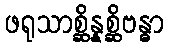
ဖရုသာစ္ဆိန္နစ္ဆိဗန္ဓာ